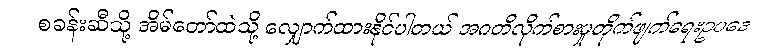
စခန်းဆီသို့ အိမ်တော်ထဲသို့ လျှောက်ထားနိုင်ပါတယ် အဂတိလိုက်စားမှုတိုက်ဖျက်ရေးဥပဒေ